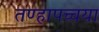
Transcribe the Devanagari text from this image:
तण्हापच्चया